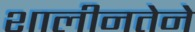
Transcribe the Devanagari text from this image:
शालीनतेने